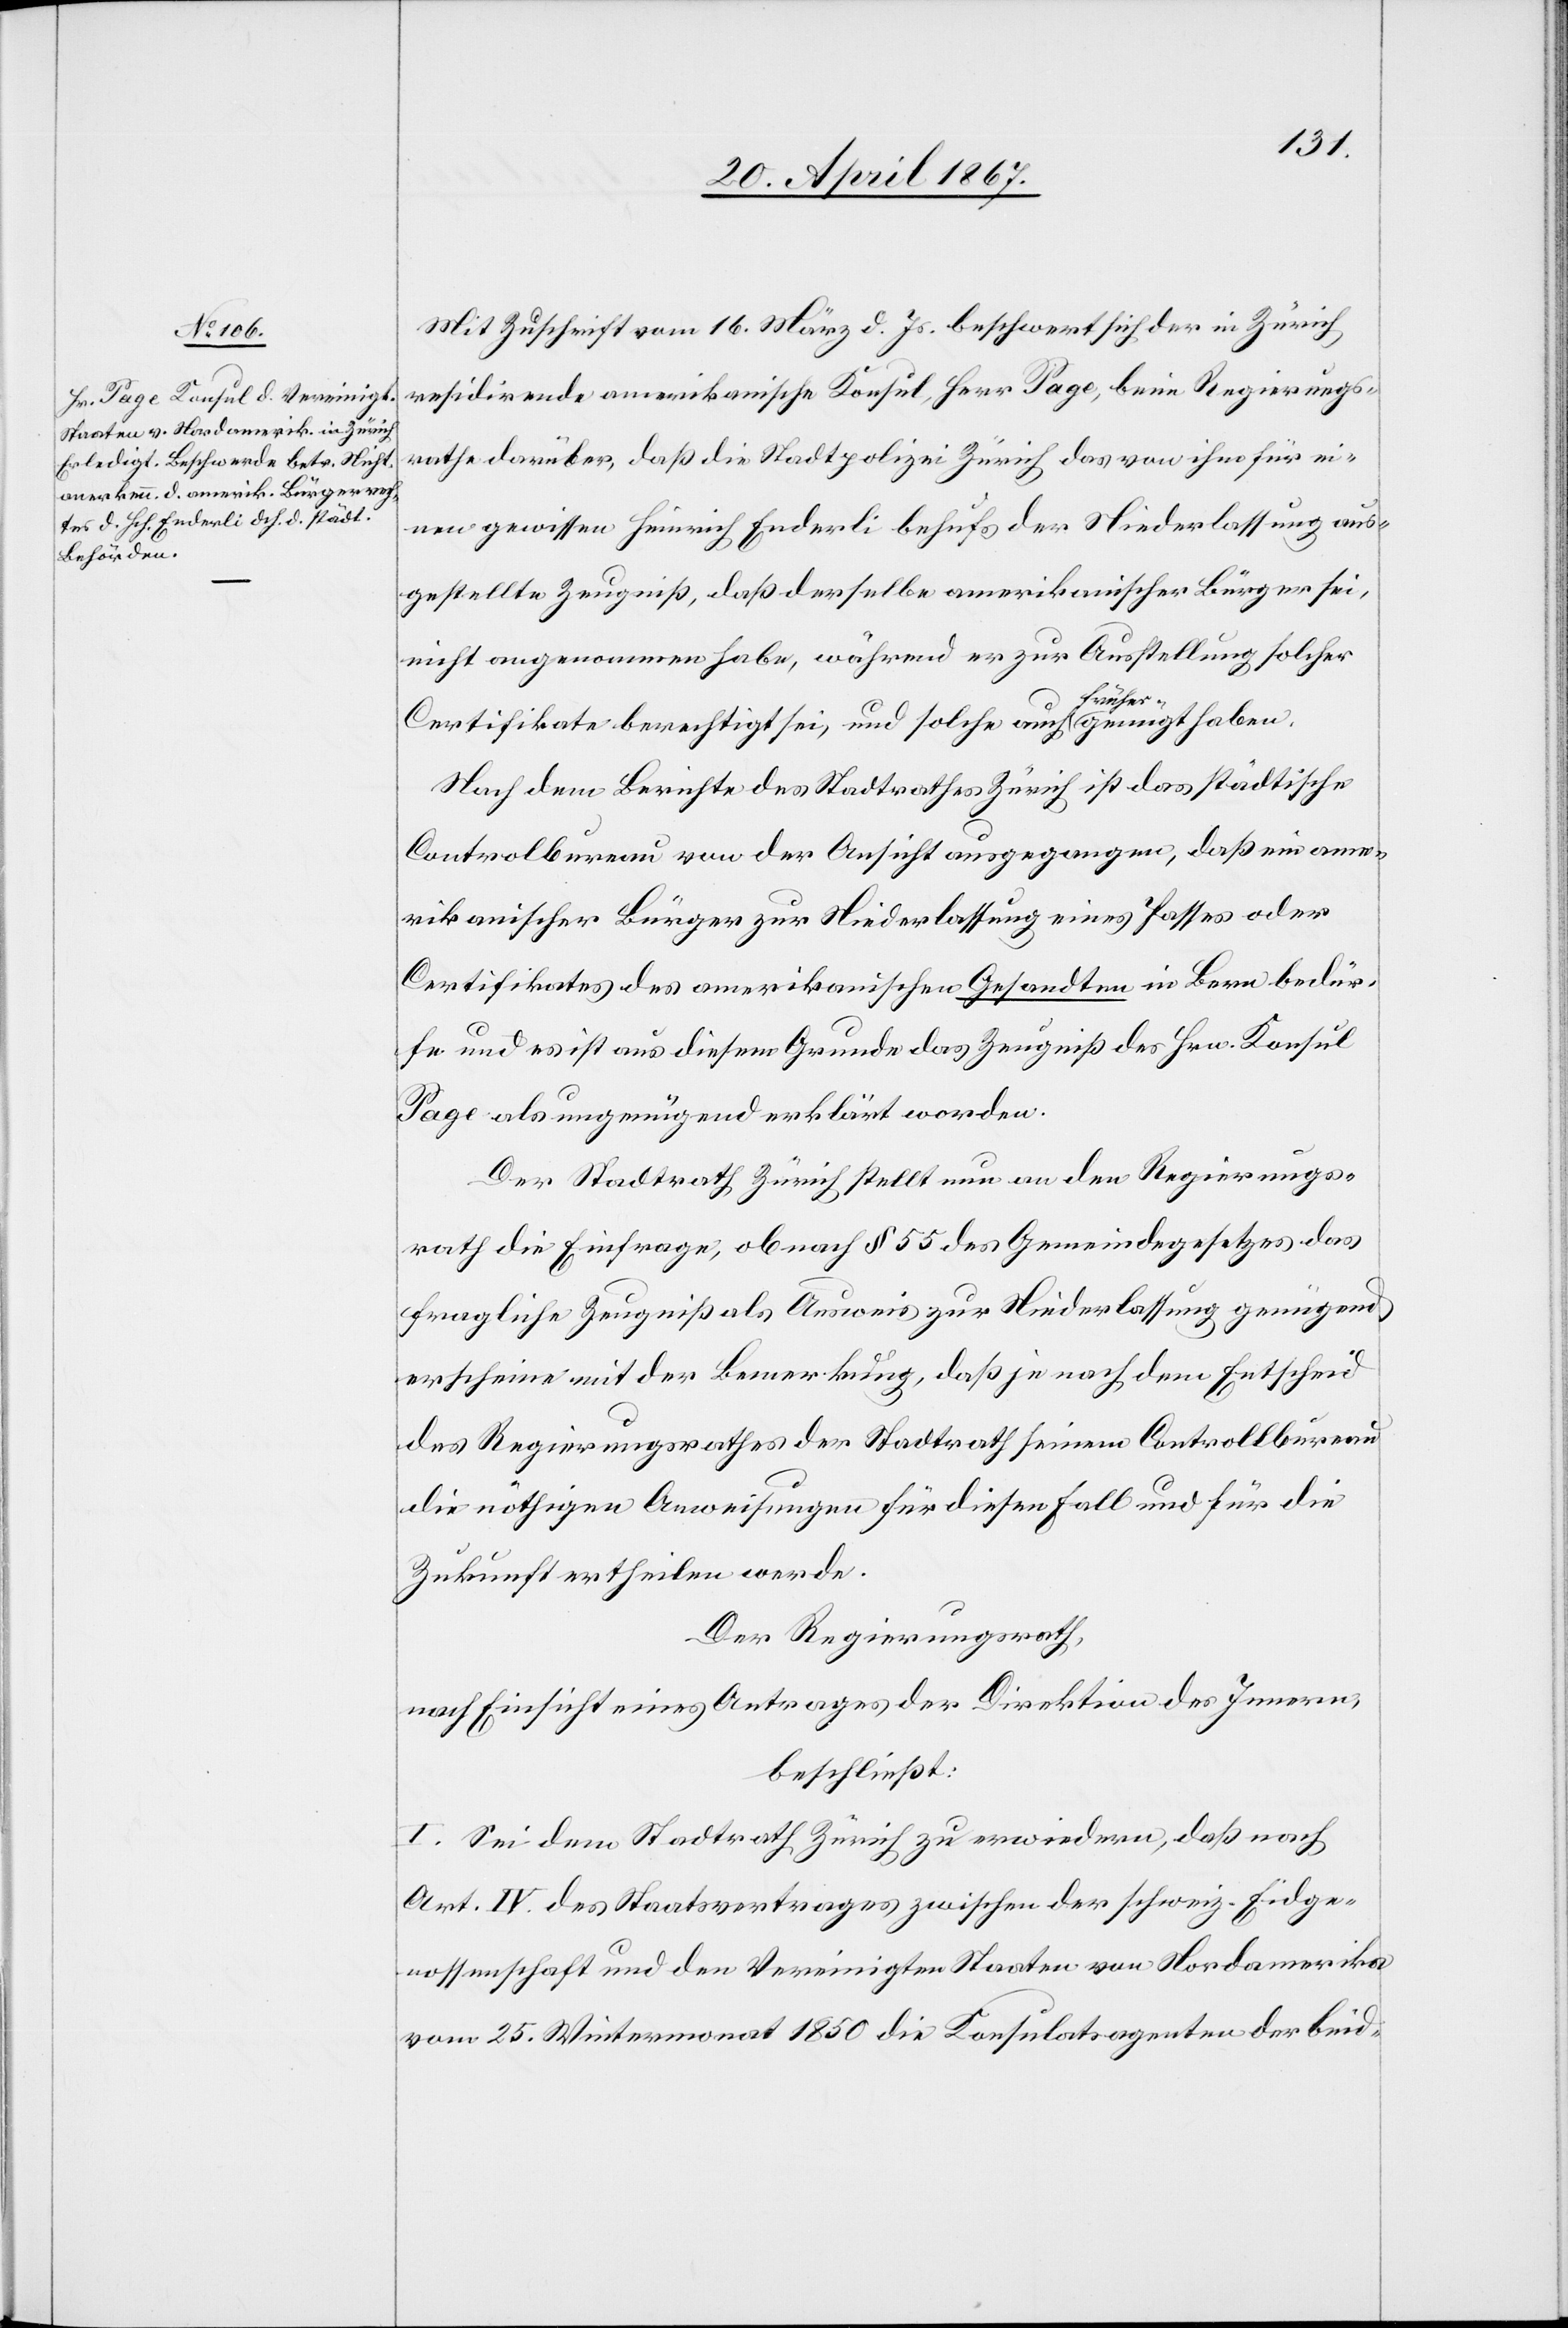
Mit Zuschrift vom 16. März d. Js. beschwert sich der in Zürich
residirende amerikanische Konsul, Herr Page, beim Regierungs¬
rathe darüber, daß die Stadtpolizei Zürich das von ihm für ei¬
nen gewissen Heinrich Enderli behufs der Niederlassung aus¬
gestellte Zeugniß, daß derselbe amerikanischer Bürger sei,
nicht angenommen habe, während er zur Ausstellung solcher
Certifikate berechtigt sei, und solche auch früher genügt haben.
Nach dem Berichte des Stadtrathes Zürich ist das städtische
Controlbureau von der Ansicht ausgegangen, daß ein ame¬
rikanischer Bürger zur Niederlassung eines Passes oder
Certifikates des amerikanischen Gesandten in Bern bedür¬
fe und es ist aus diesem Grunde das Zeugniß des Hrn. Konsul
Page als ungenügend erklärt worden.
Der Stadtrath Zürich stellt nun an den Regierungs¬
rath die Einfrage, ob nach § 55 des Gemeindegesetzes das
fragliche Zeugniß als Ausweis zur Niederlassung genügend
erscheine mit der Bemerkung, daß je nach dem Entscheide
des Regierungsrathes der Stadtrath seinem Controllbureau
die nöthigen Anweisungen für diesen Fall und für die
Zukunft ertheilen werde.
Der Regierungsrath,
nach Einsicht eines Antrages der Direktion des Innern,
beschließt:
I. Sei dem Stadtrath Zürich zu erwiedern, daß nach
Art. IV. des Staatsvertrages zwischen der schweiz. Eidge¬
nossenschaft und den Vereinigten Staaten von Nordamerika
vom 25. Wintermonat 1850 die Konsulatsagenten der beid-